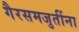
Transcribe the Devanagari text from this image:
गैरसमजुतींना